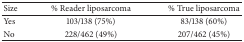
<table><thead><tr><td><b>Size</b></td><td><b>% Reader liposarcoma</b></td><td><b>% True liposarcoma</b></td></tr></thead><tbody><tr><td>Yes</td><td>103/138 (75%)</td><td>83/138 (60%)</td></tr><tr><td>No</td><td>228/462 (49%)</td><td>207/462 (45%)</td></tr></tbody></table>